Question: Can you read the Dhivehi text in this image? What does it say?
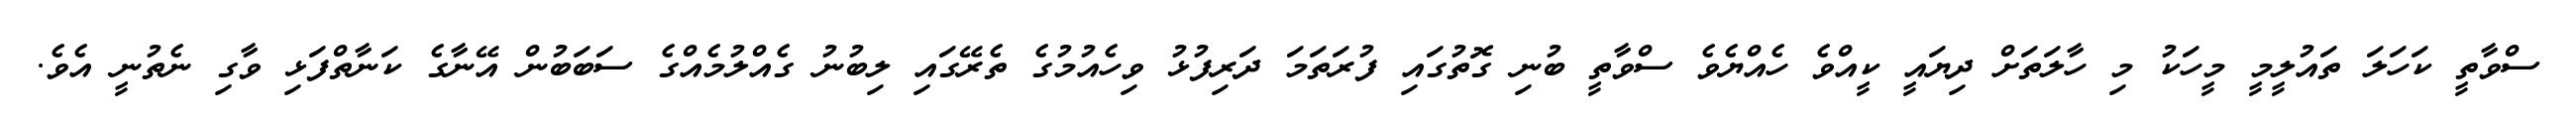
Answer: ސްވާތީ ކަހަލަ ތައުލީމީ މީހަކު މި ހާލަތަށް ދިޔައީ ކީއްވެ ހެއްޔެވެ ސްވާތީ ބުނި ގޮތުގައި ފުރަތަމަ ދަރިފުޅު ވިހެއުމުގެ ތެރޭގައި ލިބުނު ގެއްލުމެއްގެ ސަބަބުން އޭނާގެ ކަނާތްފަޅި ވާގި ނެތުނީ އެވެ.